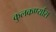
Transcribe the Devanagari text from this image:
कुलकर्ण्यास